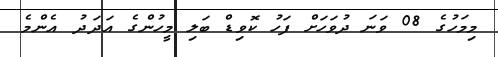
މިމަހުގެ 08 ވަނަ ދުވަހަށް ފަހު ކޮވިޑް ބަލި މީހުންގެ އަދަދު އެންމެ